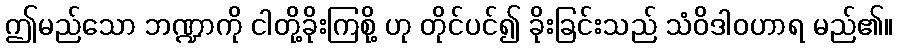
ဤမည်သော ဘဏ္ဍာကို ငါတို့ခိုးကြစို့ ဟု တိုင်ပင်၍ ခိုးခြင်းသည် သံဝိဒါဝဟာရ မည်၏။